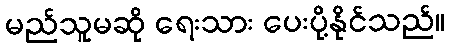
မည်သူမဆို ရေးသား ပေးပို့နိုင်သည်။